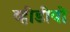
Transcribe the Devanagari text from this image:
व्हीडीयो